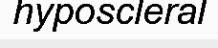
hyposcleral